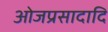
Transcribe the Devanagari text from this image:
ओजप्रसादादि